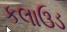
કલાઉડ